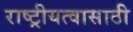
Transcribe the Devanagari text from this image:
राष्ट्रीयत्वासाठी